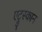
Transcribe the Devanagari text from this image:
एट्रुस्कान